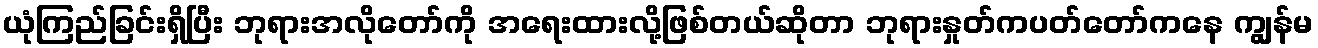
ယုံကြည်ခြင်းရှိပြီး ဘုရားအလိုတော်ကို အရေးထားလို့ဖြစ်တယ်ဆိုတာ ဘုရားနှုတ်ကပတ်တော်ကနေ ကျွန်မ